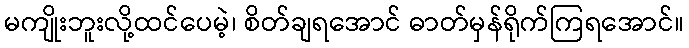
မကျိုးဘူးလို့ထင်ပေမဲ့၊ စိတ်ချရအောင် ဓာတ်မှန်ရိုက်ကြရအောင်။